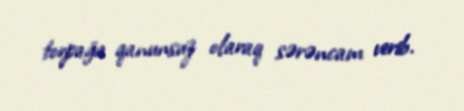
torpağa qanunsuz olaraq sərəncam verib.